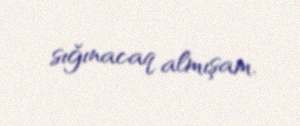
sığınacaq almışam.